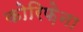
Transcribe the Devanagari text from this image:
कोरिफ़ेना